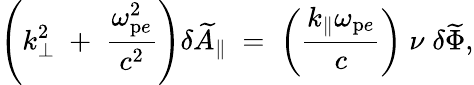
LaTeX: \left(k_{\bot}^{2}\; +\; \frac{\omega_{\mathrm{p}e}^{2}}{c^{2}}\right)\delta\widetilde{A}_{\| }\; =\; \left(\frac{k_{\| }\omega_{\mathrm{p}e}}{c}\right)\; \nu\; \delta\widetilde{\Phi},